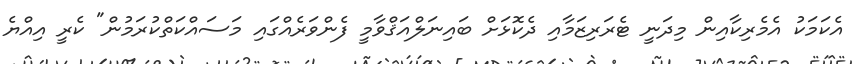
އެކަމަކު އެމެރިކާއިން މިދަނީ ޓެރަރިޒަމާއި ދެކޮޅަށް ބައިނަލްއަޤްވާމީ ފެންވަރެއްގައި މަސައްކަތްކުރަމުން" ކެރީ އިއްޔެ